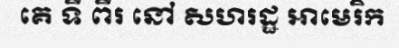
គេ ទី ពីរ នៅ សហរដ្ឋ អាមេរិក